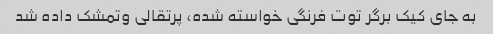
به جای کیک برگر توت فرنگی خواسته شده، پرتقالی وتمشک داده شد